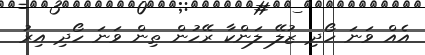
އެއް ވަނަ ހޯދި ޒުލޭ ލަންކާ ރޭހުން ތިން ވަނަ ހޯދި އިރު